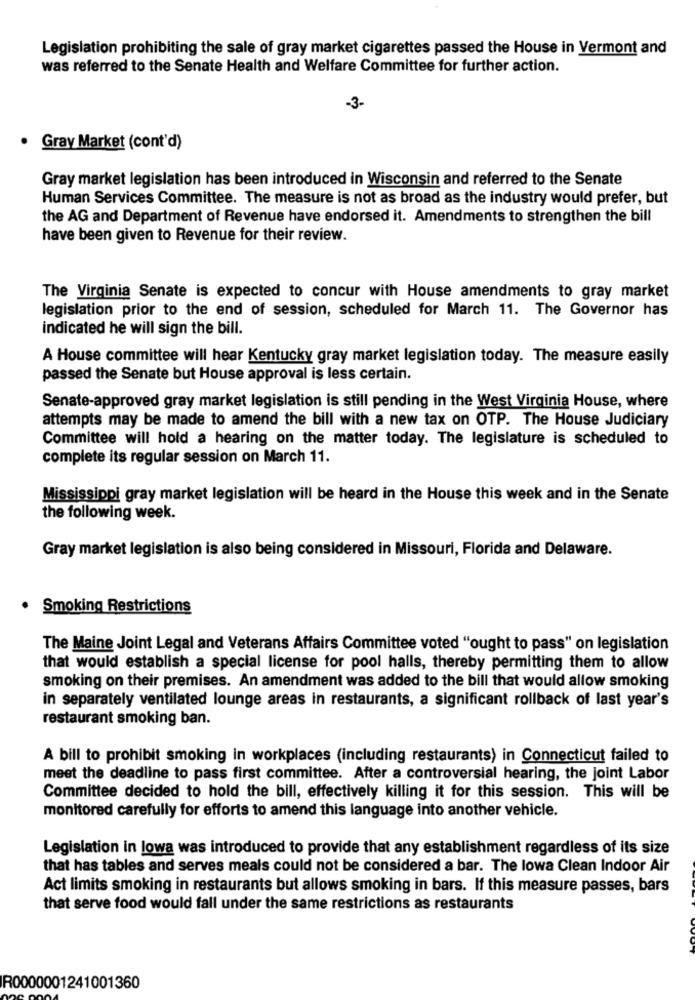
Legislation prohibiting the sale of gray market cigarettes passed the House in Vermont and
was referred to the Senate Health and Welfare Committee for further action.
-3-
Gray Market (cont'd)
Gray market legislation has been introduced in Wisconsin and referred to the Senate
Human Services Committee. The measure is not as broad as the industry would prefer, but
the AG and Department of Revenue have endorsed it. Amendments to strengthen the bill
have been given to Revenue for their review.
The Virginia Senate is expected to concur with House amendments to gray market
legislation prior to the end of session, scheduled for March 11. The Governor has
indicated he will sign the bill.
A House committee will hear Kentucky gray market legislation today. The measure easily
passed the Senate but House approval is less certain.
Senate-approved gray market legislation is still pending in the West Virginia House, where
attempts may be made to amend the bill with a new tax on OTP. The House Judiciary
Committee will hold a hearing on the matter today. The legislature is scheduled to
complete its regular session on March 11.
Mississippi gray market legislation will be heard in the House this week and in the Senate
the following week.
Gray market legislation is also being considered in Missouri, Florida and Delaware.
. Smoking Restrictions
The Maine Joint Legal and Veterans Affairs Committee voted "ought to pass" on legislation
that would establish a special license for pool halls, thereby permitting them to allow
smoking on their premises. An amendment was added to the bill that would allow smoking
in separately ventilated lounge areas in restaurants, a significant rollback of last year's
restaurant smoking ban.
A bill to prohibit smoking in workplaces (including restaurants) in Connecticut failed to
meet the deadline to pass first committee. After a controversial hearing, the joint Labor
Committee decided to hold the bill, effectively killing it for this session. This will be
monitored carefully for efforts to amend this language into another vehicle.
Legislation in lowa was introduced to provide that any establishment regardless of its size
that has tables and serves meals could not be considered a bar. The lowa Clean Indoor Air
Act limits smoking in restaurants but allows smoking in bars. If this measure passes, bars
that serve food would fall under the same restrictions as restaurants
R0000001241001360